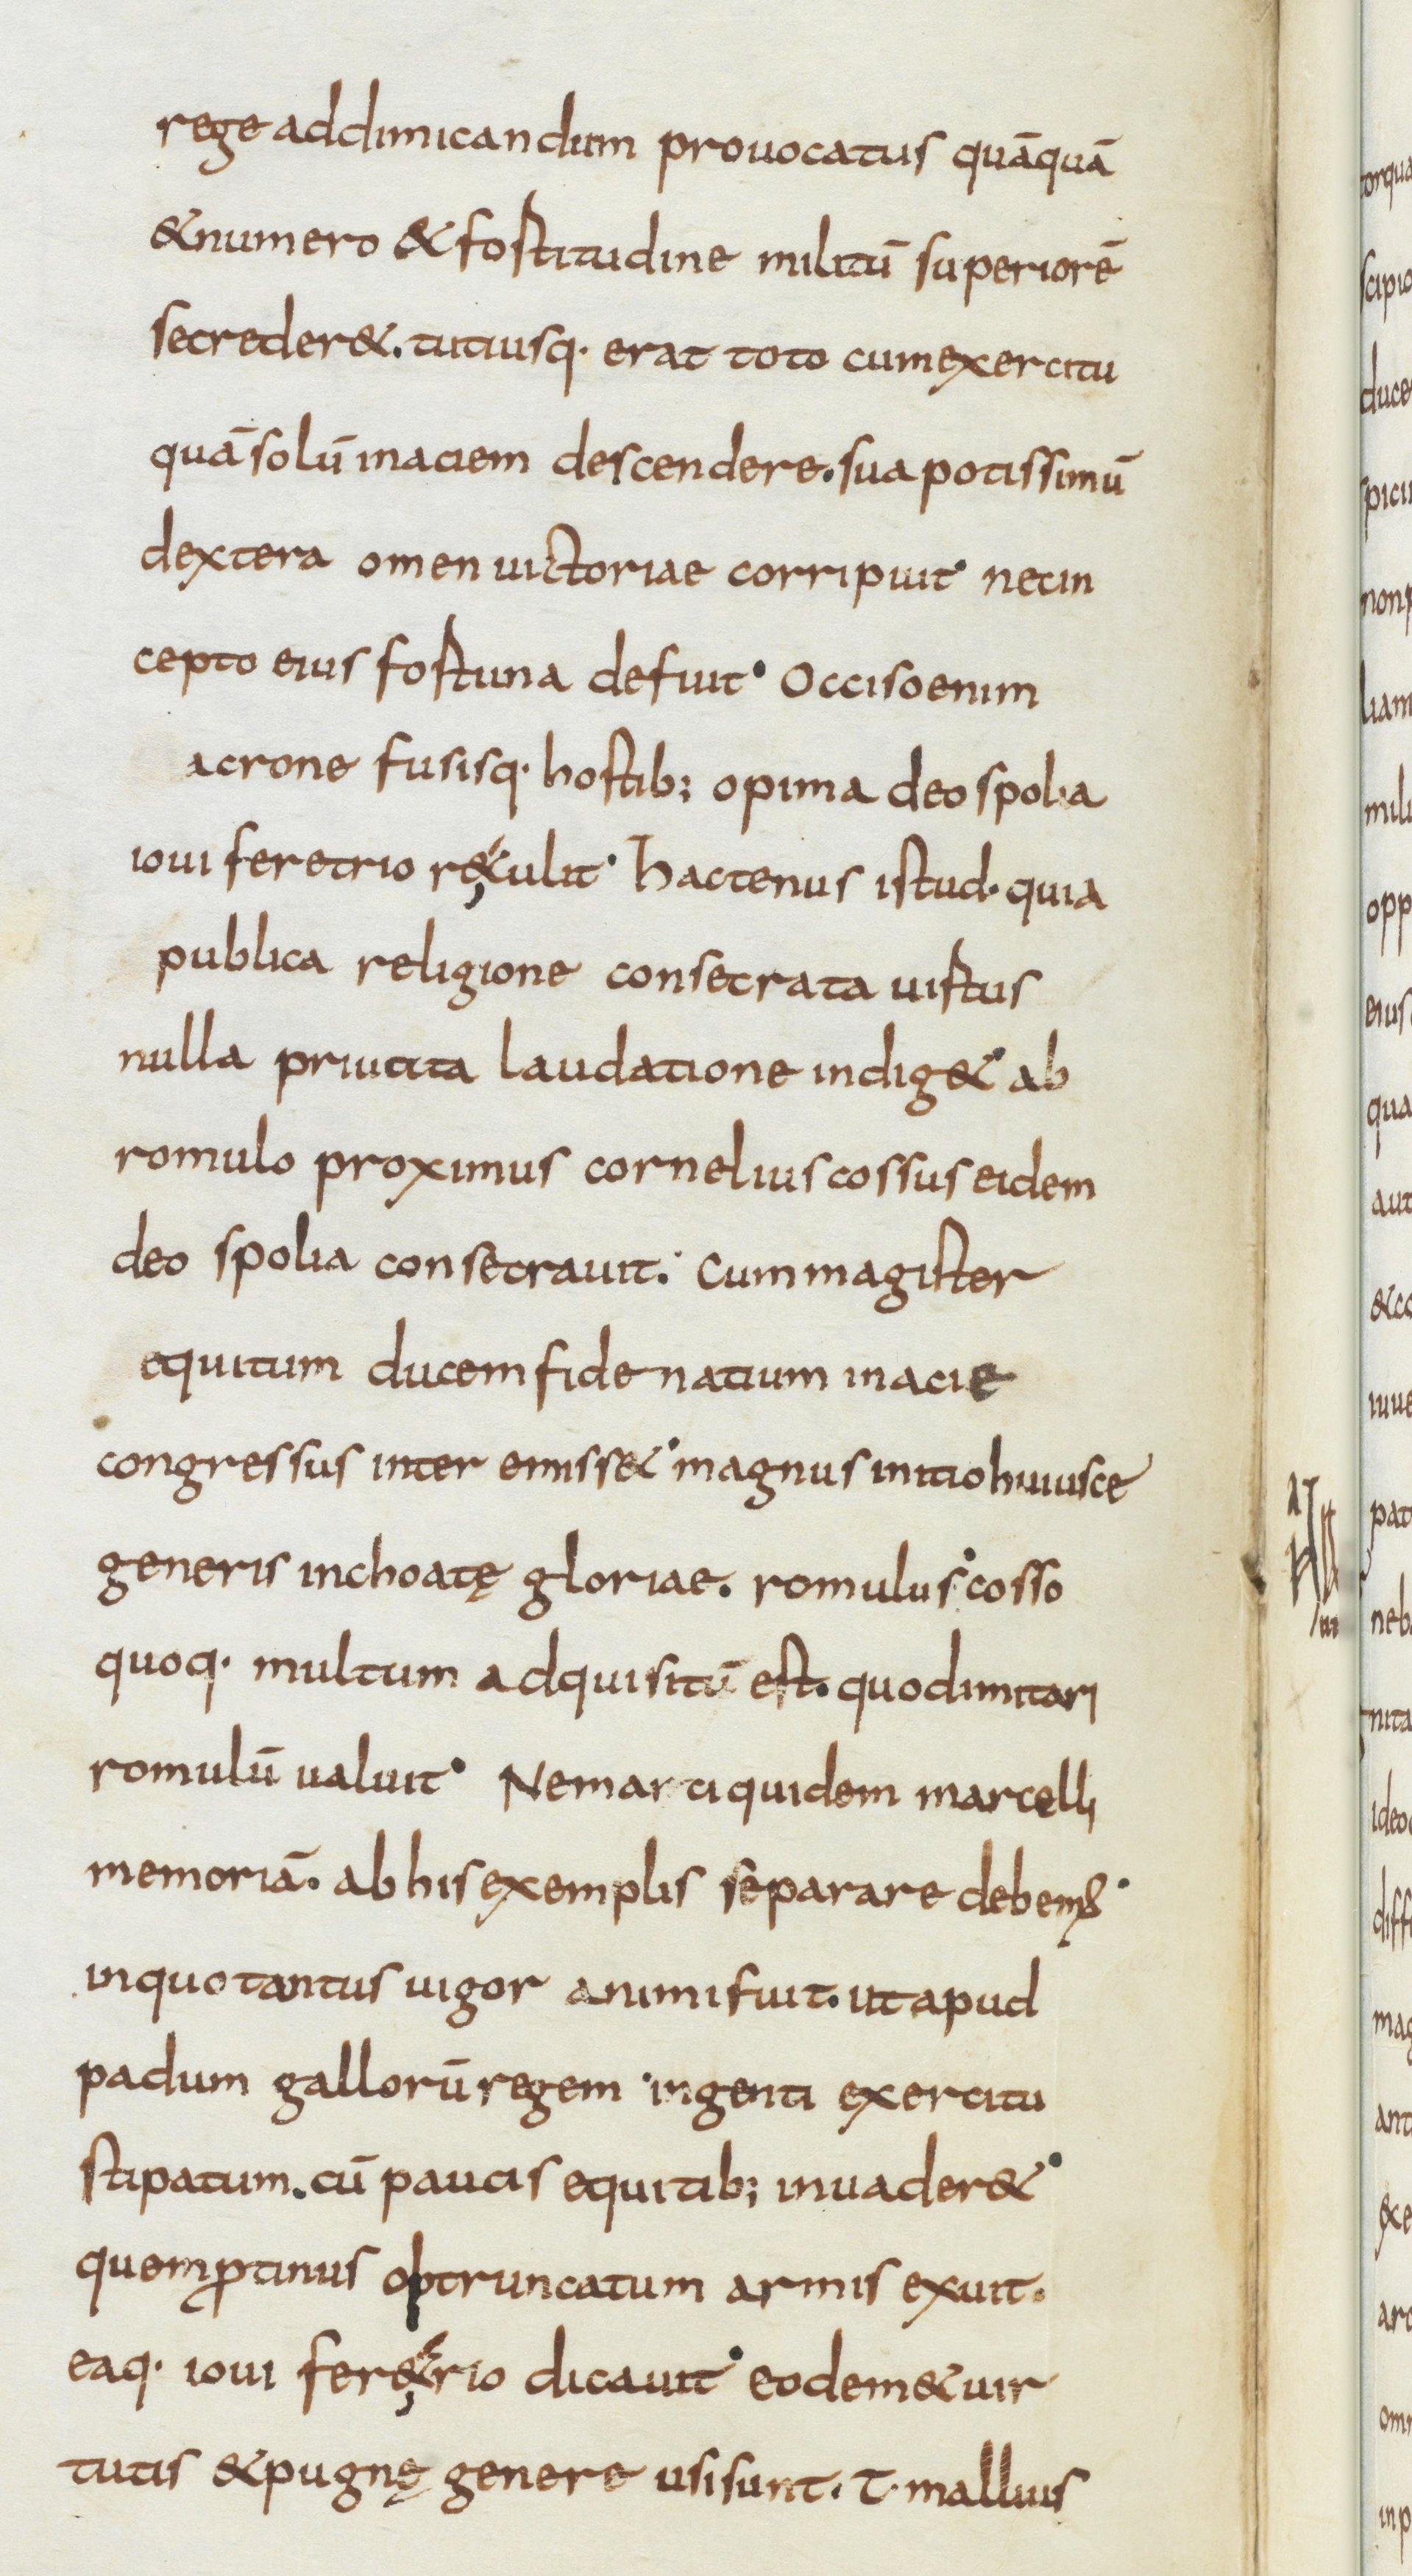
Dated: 834–866